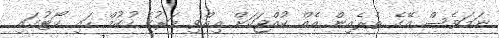
ނަމަވެސް އޭގެ ތެރެއިން އެއް ކުއްޖަކަށް އިއްވި މަރުގެ ހުކުމް ހައި ކޯޓުގައި